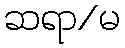
ဆရာ/မ